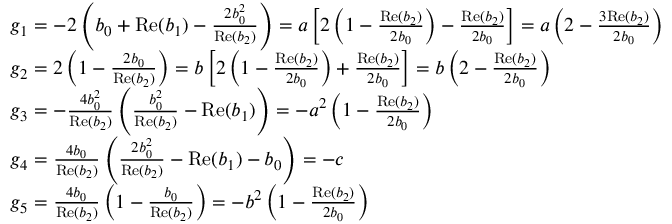
\begin{array} { r l } & { g _ { 1 } = - 2 \left( b _ { 0 } + \mathrm { R e } ( b _ { 1 } ) - \frac { 2 b _ { 0 } ^ { 2 } } { \mathrm { R e } ( b _ { 2 } ) } \right) = a \left[ 2 \left( 1 - \frac { \mathrm { R e } ( b _ { 2 } ) } { 2 b _ { 0 } } \right) - \frac { \mathrm { R e } ( b _ { 2 } ) } { 2 b _ { 0 } } \right] = a \left( 2 - \frac { 3 \mathrm { R e } ( b _ { 2 } ) } { 2 b _ { 0 } } \right) } \\ & { g _ { 2 } = 2 \left( 1 - \frac { 2 b _ { 0 } } { \mathrm { R e } ( b _ { 2 } ) } \right) = b \left[ 2 \left( 1 - \frac { \mathrm { R e } ( b _ { 2 } ) } { 2 b _ { 0 } } \right) + \frac { \mathrm { R e } ( b _ { 2 } ) } { 2 b _ { 0 } } \right] = b \left( 2 - \frac { \mathrm { R e } ( b _ { 2 } ) } { 2 b _ { 0 } } \right) } \\ & { g _ { 3 } = - \frac { 4 b _ { 0 } ^ { 2 } } { \mathrm { R e } ( b _ { 2 } ) } \left( \frac { b _ { 0 } ^ { 2 } } { \mathrm { R e } ( b _ { 2 } ) } - \mathrm { R e } ( b _ { 1 } ) \right) = - a ^ { 2 } \left( 1 - \frac { \mathrm { R e } ( b _ { 2 } ) } { 2 b _ { 0 } } \right) } \\ & { g _ { 4 } = \frac { 4 b _ { 0 } } { \mathrm { R e } ( b _ { 2 } ) } \left( \frac { 2 b _ { 0 } ^ { 2 } } { \mathrm { R e } ( b _ { 2 } ) } - \mathrm { R e } ( b _ { 1 } ) - b _ { 0 } \right) = - c } \\ & { g _ { 5 } = \frac { 4 b _ { 0 } } { \mathrm { R e } ( b _ { 2 } ) } \left( 1 - \frac { b _ { 0 } } { \mathrm { R e } ( b _ { 2 } ) } \right) = - b ^ { 2 } \left( 1 - \frac { \mathrm { R e } ( b _ { 2 } ) } { 2 b _ { 0 } } \right) } \end{array}